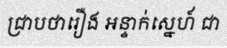
ជ្រាបថារឿង អន្ទាក់ស្នេហ៍ ជា